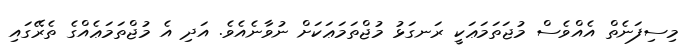
މިސިފަނެތް އެއްވެސް މުޖަތަމަޢަކީ ރަނގަޅު މުޖްތަމަޢަކަށް ނުވާނެއެވެ. އަދި އެ މުޖްތަމަޢެއްގެ ތެރޭގައި